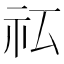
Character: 𰧯